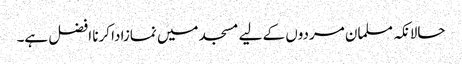
حالانکہ مسلمان مردوں کے لیے مسجد میں نمازادا کرنا افضل ہے۔